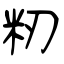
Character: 籾